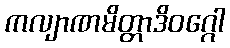
ကလျာဏမိတ္တာဒိဝဂ္ဂေါ